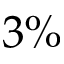
3 \%